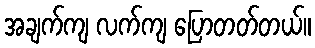
အချက်ကျ လက်ကျ ပြောတတ်တယ်။